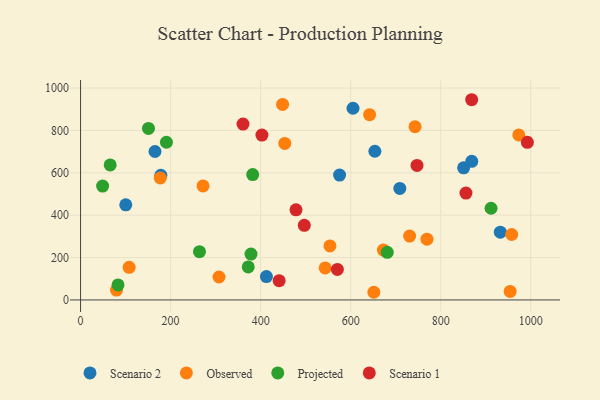
{"axis": {"x": "Price", "y": "Fuel Efficiency"}, "legend": ["Observed", "Projected", "Scenario 1", "Scenario 2"], "data": [{"x": "100.4", "y": 448.9, "type": "Scenario 2"}, {"x": "932.3", "y": 320.0, "type": "Scenario 2"}, {"x": "868.9", "y": 654.4, "type": "Scenario 2"}, {"x": "165.3", "y": 700.6, "type": "Scenario 2"}, {"x": "412.8", "y": 110.1, "type": "Scenario 2"}, {"x": "850.8", "y": 623.3, "type": "Scenario 2"}, {"x": "605.1", "y": 904.7, "type": "Scenario 2"}, {"x": "575.3", "y": 589.2, "type": "Scenario 2"}, {"x": "709.1", "y": 526.4, "type": "Scenario 2"}, {"x": "178.3", "y": 588.1, "type": "Scenario 2"}, {"x": "653.7", "y": 701.7, "type": "Scenario 2"}, {"x": "769.4", "y": 286.6, "type": "Observed"}, {"x": "79.8", "y": 46.4, "type": "Observed"}, {"x": "642.0", "y": 874.5, "type": "Observed"}, {"x": "177.0", "y": 575.6, "type": "Observed"}, {"x": "453.6", "y": 738.5, "type": "Observed"}, {"x": "107.9", "y": 154.0, "type": "Observed"}, {"x": "272.0", "y": 538.1, "type": "Observed"}, {"x": "957.6", "y": 308.9, "type": "Observed"}, {"x": "543.3", "y": 151.1, "type": "Observed"}, {"x": "973.3", "y": 779.0, "type": "Observed"}, {"x": "742.9", "y": 817.6, "type": "Observed"}, {"x": "672.5", "y": 235.3, "type": "Observed"}, {"x": "954.1", "y": 40.0, "type": "Observed"}, {"x": "651.4", "y": 36.2, "type": "Observed"}, {"x": "553.9", "y": 255.1, "type": "Observed"}, {"x": "307.5", "y": 108.2, "type": "Observed"}, {"x": "730.9", "y": 301.4, "type": "Observed"}, {"x": "448.7", "y": 922.7, "type": "Observed"}, {"x": "382.3", "y": 591.6, "type": "Projected"}, {"x": "190.7", "y": 744.1, "type": "Projected"}, {"x": "150.8", "y": 809.4, "type": "Projected"}, {"x": "49.0", "y": 537.3, "type": "Projected"}, {"x": "264.1", "y": 227.9, "type": "Projected"}, {"x": "83.2", "y": 70.8, "type": "Projected"}, {"x": "911.7", "y": 432.8, "type": "Projected"}, {"x": "372.4", "y": 155.6, "type": "Projected"}, {"x": "65.8", "y": 637.0, "type": "Projected"}, {"x": "378.5", "y": 216.4, "type": "Projected"}, {"x": "681.2", "y": 224.5, "type": "Projected"}, {"x": "441.1", "y": 91.1, "type": "Scenario 1"}, {"x": "992.4", "y": 743.8, "type": "Scenario 1"}, {"x": "868.7", "y": 944.9, "type": "Scenario 1"}, {"x": "402.8", "y": 777.9, "type": "Scenario 1"}, {"x": "747.3", "y": 634.8, "type": "Scenario 1"}, {"x": "478.5", "y": 425.2, "type": "Scenario 1"}, {"x": "496.9", "y": 352.0, "type": "Scenario 1"}, {"x": "856.0", "y": 504.3, "type": "Scenario 1"}, {"x": "360.8", "y": 830.0, "type": "Scenario 1"}, {"x": "570.4", "y": 144.2, "type": "Scenario 1"}]}